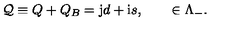
{ \cal { Q } } \equiv Q + Q _ { B } = { \bf \mathrm { j } } d + { \bf \mathrm { i } } s , \qquad \in \Lambda _ { - } .